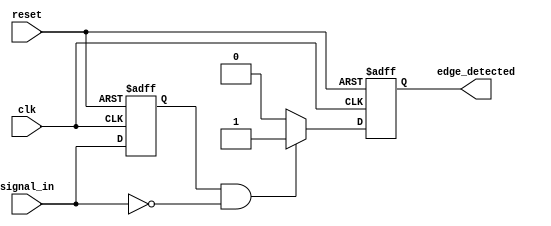
module negative_edge_detector (
    input wire clk,          // Clock signal
    input wire reset,        // Asynchronous reset signal
    input wire signal_in,    // Input signal for edge detection
    output reg edge_detected  // Output signal indicating edge detection
);

    reg signal_in_prev; // Register to hold the previous state of signal_in

    // Asynchronous reset and edge detection logic
    always @(posedge clk or posedge reset) begin
        if (reset) begin
            signal_in_prev <= 1'b0; // Initialize previous signal state
            edge_detected <= 1'b0;   // Initialize edge detected signal
        end else begin
            // Falling edge detection logic
            if (signal_in_prev == 1'b1 && signal_in == 1'b0) begin
                edge_detected <= 1'b1; // Set edge_detected high for one clock cycle
            end else begin
                edge_detected <= 1'b0; // Reset edge_detected if no falling edge
            end
            
            // Update previous state
            signal_in_prev <= signal_in; // Store current state for the next clock cycle
        end
    end

endmodule